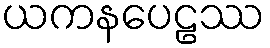
ယကနပေဠဿ